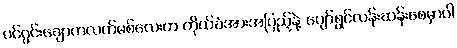
ပင်ဂွင်းချောကလက်မစ်လေးက ကိုယ်ခံအားအပြည့်နဲ့ ပျော်ရွှင်လန်းဆန်းစေမှာပါ